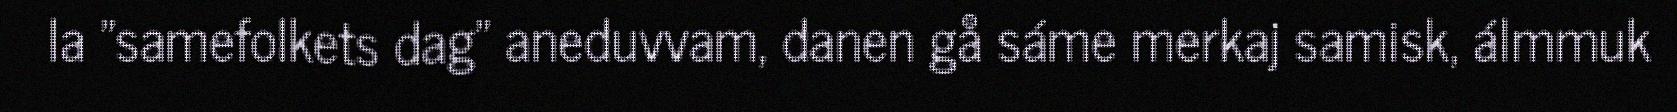
la "samefolkets dag" aneduvvam, danen gå sáme merkaj samisk, álmmuk